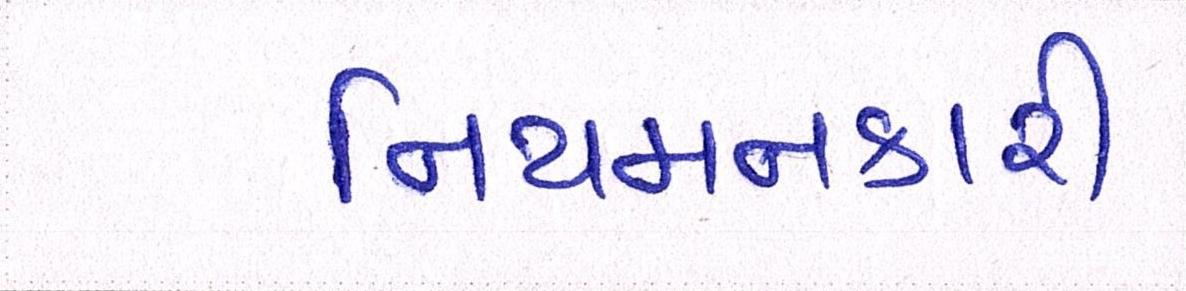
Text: નિયમનકારી